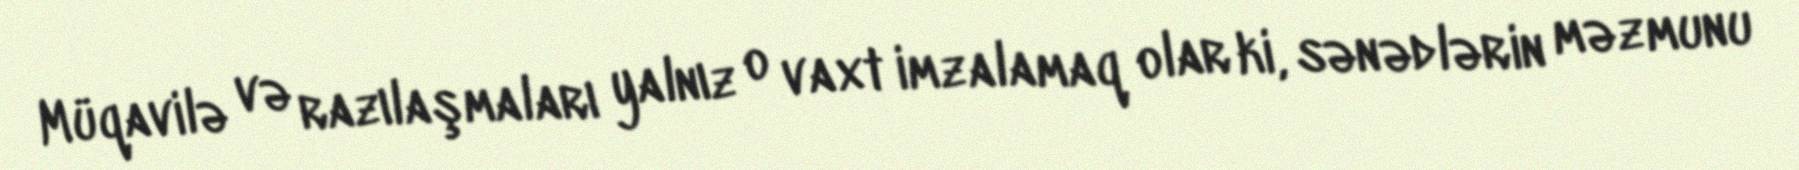
Müqavilə və razılaşmaları yalnız o vaxt imzalamaq olar ki, sənədlərin məzmunu